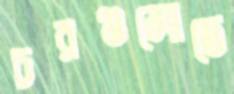
চরগুলোতে